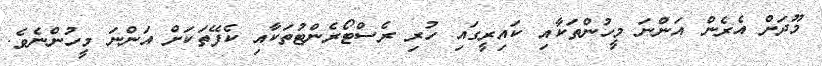
މޫދަށް އެރެން އަންނަ މީހުންތަކާއި ކައިރީގައި ހުރި ރެސްޓޯރެންޓުތަކާއި ކެފޭތަކަށް އަންނަ މީހުންނެވެ.